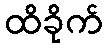
ထိခိုက်